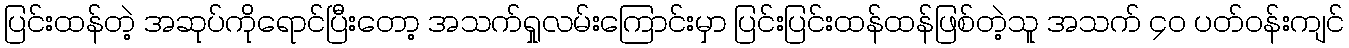
ပြင်းထန်တဲ့ အဆုပ်ကိုရောင်ပြီးတော့ အသက်ရှုလမ်းကြောင်းမှာ ပြင်းပြင်းထန်ထန်ဖြစ်တဲ့သူ အသက် ၄၀ ပတ်ဝန်းကျင်